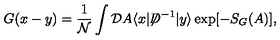
G ( x - y ) = \frac { 1 } { { \mathcal N } } \int { \mathcal D } A \langle x | { \not \! \! D } ^ { - 1 } | y \rangle \exp [ - S _ { G } ( A ) ] ,